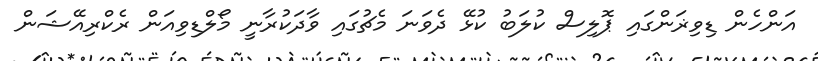
އަންހެން ޑިވިޜަންގައި ޕޮލިސް ކުލަބު ކުޅޭ ދެވަނަ މެޗުގައި ވާދަކުރާނީ މޯލްޑިވިއަން ރެކްރިއޭޝަން